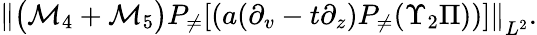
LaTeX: \begin{array}{r}{\left\| \big(\mathcal{M}_{4}+\mathcal{M}_{5}\big)P_{\neq}[(a(\partial_{v}-t\partial_{z})P_{\neq}(\Upsilon_{2}\Pi))]\right\| _{L^{2}}.}\end{array}